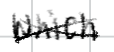
Text: which
Cross-out: cross
Writing tool: digital_black